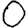
Digit: 0